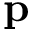
\textbf { p }